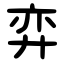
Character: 弈